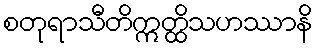
စတုရာသီတိဣတ္ထိသဟဿာနိ